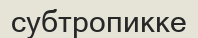
субтропикке